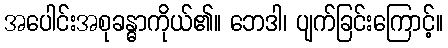
အပေါင်းအစုခန္ဓာကိုယ်၏။ ဘေဒါ၊ ပျက်ခြင်းကြောင့်။